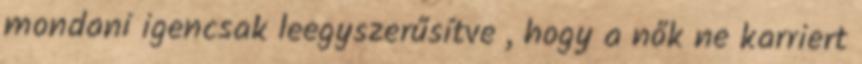
mondani igencsak leegyszerűsítve , hogy a nők ne karriert